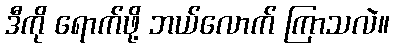
ဒီကို ရောက်ဖို့ ဘယ်လောက် ကြာသလဲ။